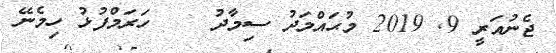
ޖެނުއަރީ 9